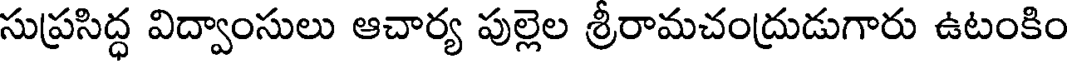
సుప్రసిద్ధ విద్వాంసులు ఆచార్య పుల్లెల శ్రీరామచంద్రుడుగారు ఉటంకిం